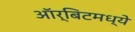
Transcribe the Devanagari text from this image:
ऑर्बिटमध्ये